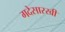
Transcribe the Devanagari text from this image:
गदेसारखी